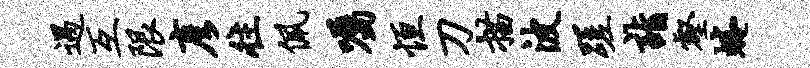
遇互限彦往佩嘱恒刀描波蹉诣壑蜷